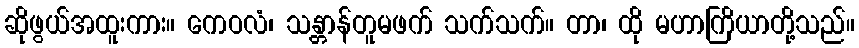
ဆိုဖွယ်အထူးကား။ ကေဝလံ၊ သန္တာန်တူမဖက် သက်သက်။ တာ၊ ထို မဟာကြိယာတို့သည်။